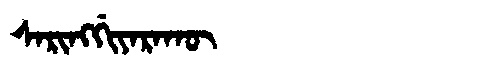
Manchu: ᠰᠠᡵᡳᠩᡤᡳᠶᠠᡵᠠᡴᡡ
Romanization: SARINGGIYARAKŪ